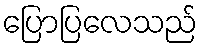
ပြောပြလေသည်